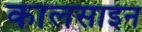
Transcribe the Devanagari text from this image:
कालसाइन